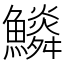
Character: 𩼩